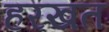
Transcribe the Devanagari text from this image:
हरखत